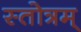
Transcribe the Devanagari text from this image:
स्तोत्रम्